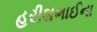
હરીશભાઈના